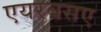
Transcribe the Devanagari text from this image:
एयरबसए